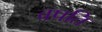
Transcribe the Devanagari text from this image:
वपति